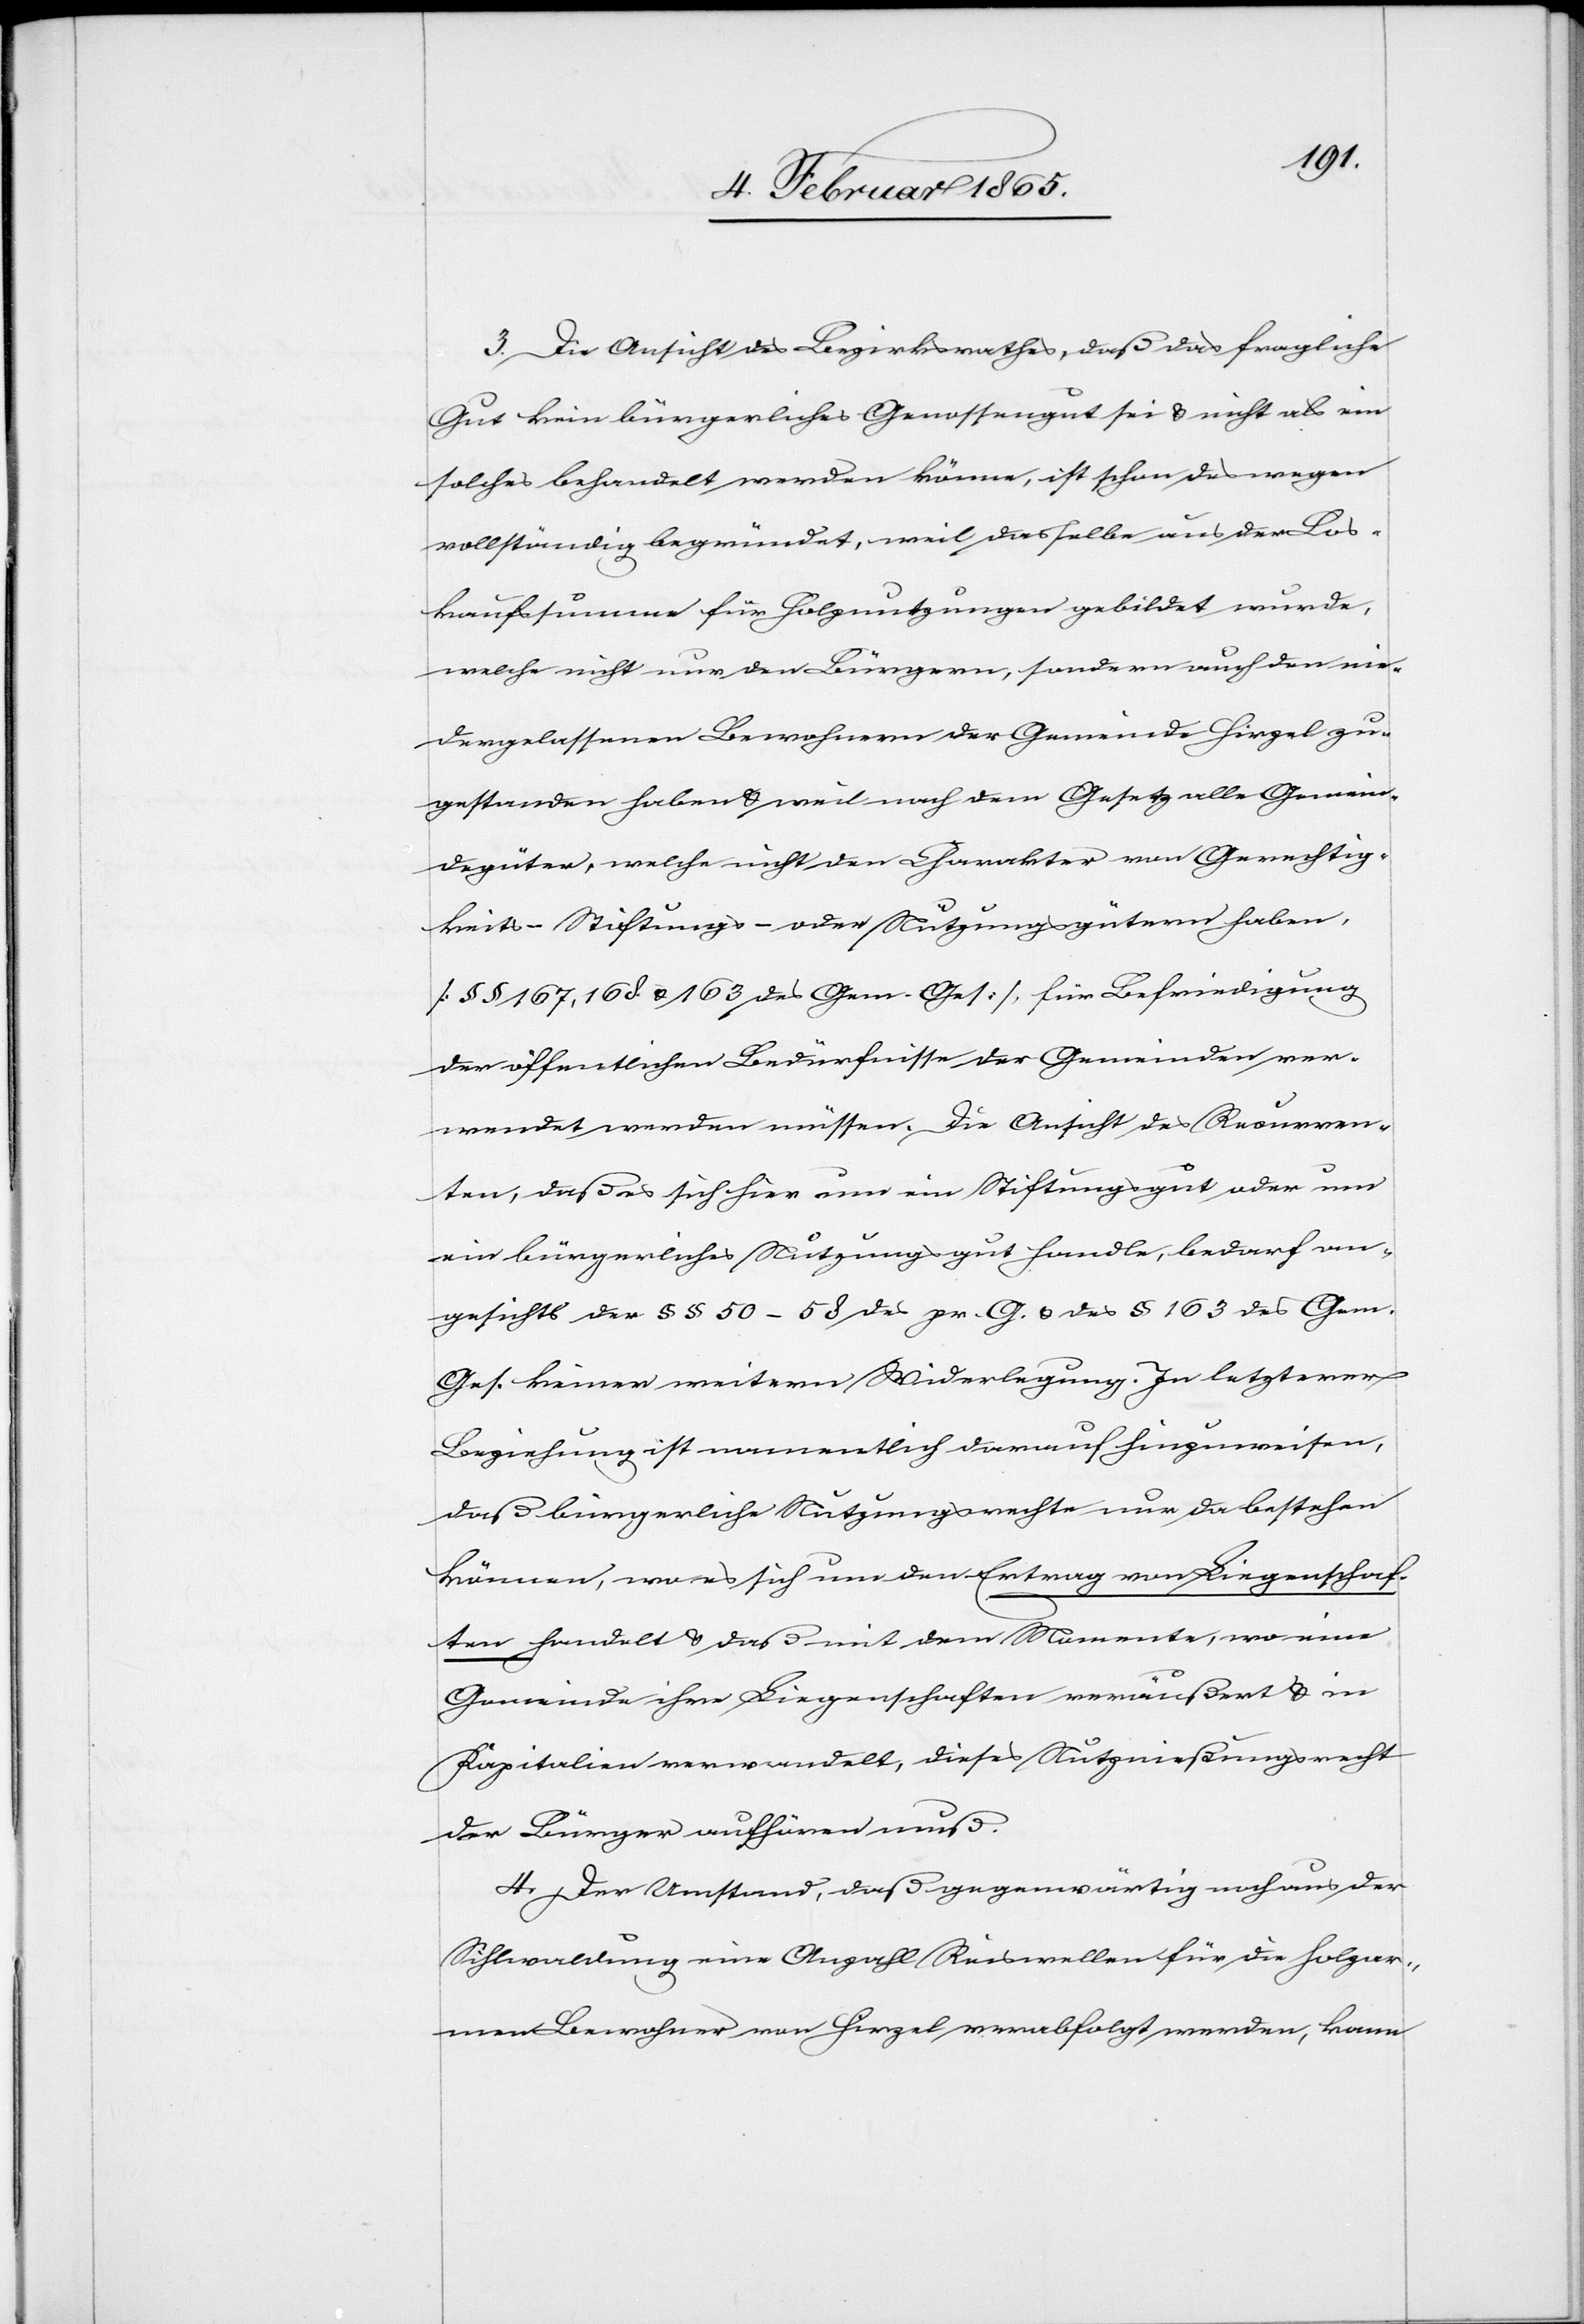
3. Die Ansicht des Bezirksrathes, daß das fragliche
Gut kein bürgerliches Genossengut sei u. nicht als ein
solches behandelt werden könne, ist schon deswegen
vollständig begründet, weil dasselbe aus der Los¬
kaufssumme für Holznutzungen gebildet wurde,
welche nicht nur den Bürgern, sondern auch den nie¬
dergelassenen Bewohnern der Gemeinde Hirzel zu¬
gestanden haben u. weil nach dem Gesetz alle Gemein¬
degüter, welche nicht den Charakter von Gerechtig¬
keits-[,] Stiftungs- oder Nutzungsgütern haben,
[§ § 167, 168 u. 163 des Gem. Ges], für Befriedigung
der öffentlichen Bedürfnisse der Gemeinden ver¬
wendet werden müssen. Die Ansicht des Recurren¬
ten, daß es sich hier um ein Stiftungsgut oder um
ein bürgerliches Nutzungsgut handle, bedarf an¬
gesichts der § § 50–58 des pr. G. u. des § 163 des Gem.
Gesuch keiner weitern Widerlegung. In letzterer
Beziehung ist namentlich darauf hinzuweisen,
daß bürgerliche Nutzungsrechte nur da bestehen
können, wo es sich um den Ertrag von Liegenschaf¬
ten handelt u. daß mit dem Momente, wo eine
Gemeinde ihre Liegenschaften veräußert u. in
Kapitalien verwandelt, dieses Nutznießungsrecht
der Bürger aufhören muß.
4. Der Umstand, daß gegenwärtig noch aus der
Sihlwaldung eine Anzahl Reiswellen für die holzar¬
men Bewohner von Hirzel verabfolgt werden, kann